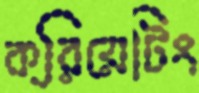
ক্রিয়েটিং